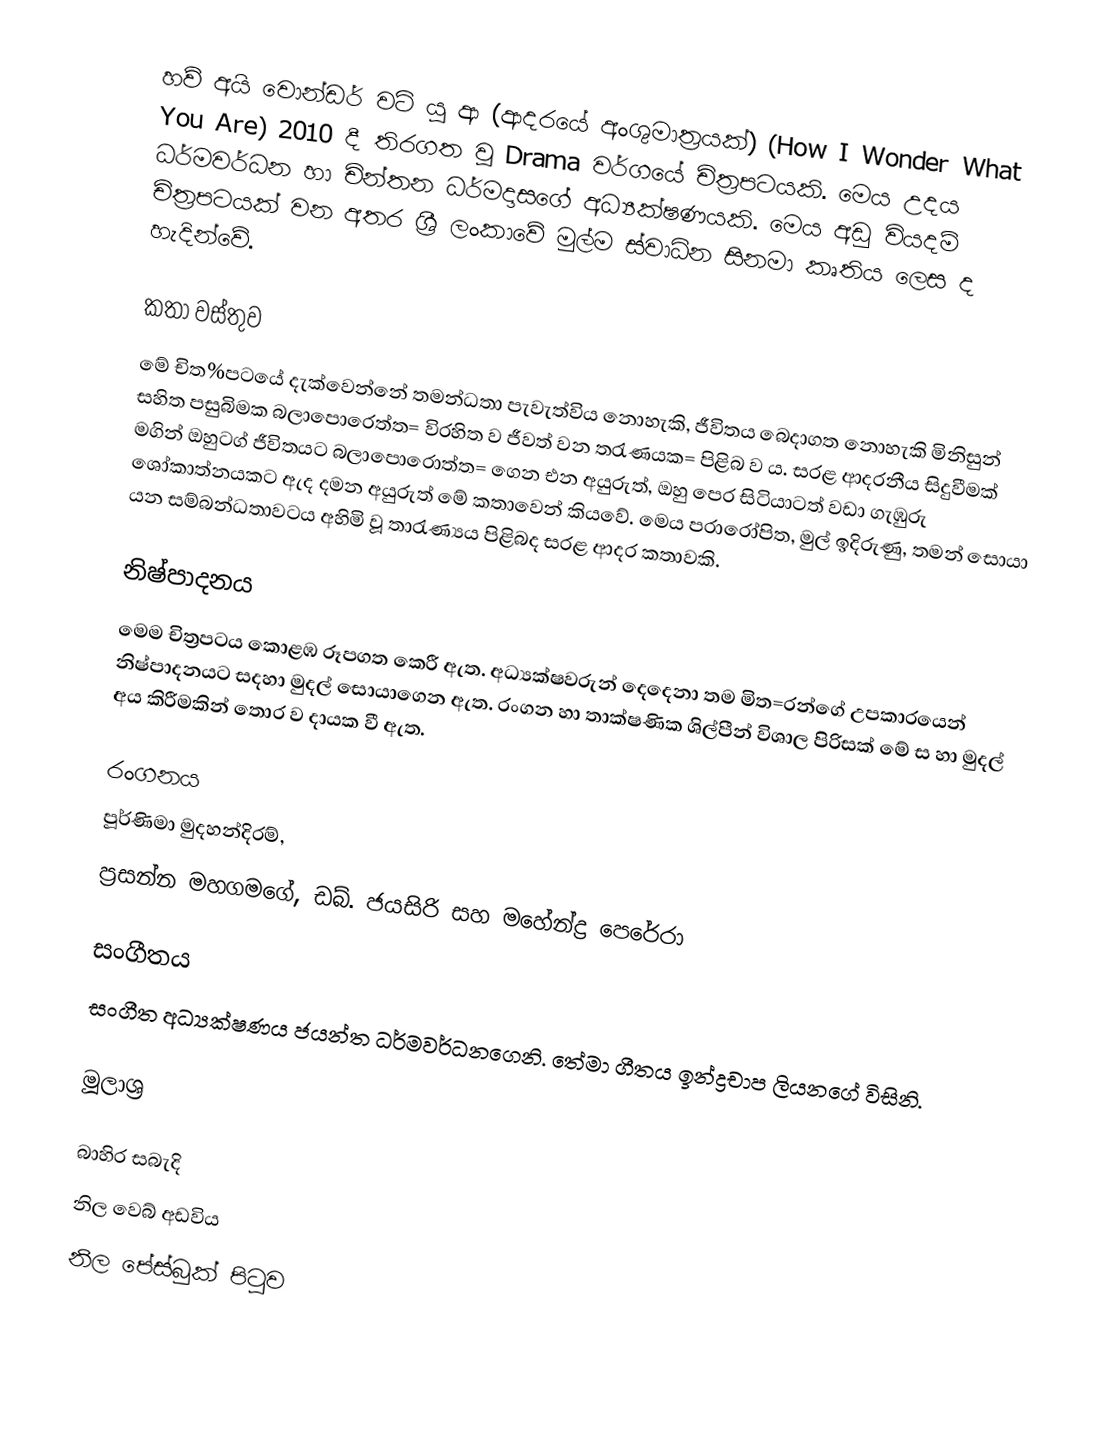
හව් අයි වොන්ඩර් වට් යූ ආ  (ආදරයේ අංශුමාත්‍රයක්) (How I Wonder What You Are) 2010 දී තිරගත වූ Drama වර්ගයේ චිත්‍රපටයකි. මෙය උදය ධර්මවර්ධන හා චින්තන ධර්මදාසගේ අධ්‍යක්ෂණයකි. මෙය අඩු වියදම් චිත්‍රපටයක් වන අතර ශ්‍රී ලංකාවේ මුල්ම ස්වාධින සිනමා කෘතිය ලෙස ද හැදින්වේ.

කතා වස්තුව
මේ චිත%පටයේ දැක්වෙන්නේ තමන්ධතා පැවැත්විය නොහැකි, ජීවිතය බෙදාගත නොහැකි මිනිසුන් සහිත පසුබිමක බලාපොරෙත්ත= විරහිත ව ජීවත් වන තරැණයක= පිළිබ ව ය.  සරළ ආදරනීය සිදුවීමක් මගින් ඔහුටග් ජීවිතයට බලාපොරොත්ත= ගෙන එන අයුරුත්, ඔහු පෙර සිටියාටත් වඩා ගැඹුරු ශෝකාත්නයකට ඇද දමන අයුරුත් මේ කතාවෙන් කියවේ.  මෙය පරාරෝපිත, මුල් ඉදිරුණු, තමන් සොයා යන සම්බන්ධතාවටය අහිමි වූ තාරැණ්‍යය පිළිබද සරළ ආදර කතාවකි.

නිෂ්පාදනය
මෙම චිත්‍රපටය කොළඹ රූපගත කෙරී ඇත.  අධ්‍යක්ෂවරුන් දෙදෙනා තම මිත=රන්ගේ උපකාරයෙන් නිෂ්පාදනයට සදහා මුදල් සොයාගෙන ඇත. රංගන හා තාක්ෂණික ශිල්පීන් විශාල පිරිසක් මේ ස හා මුදල් අය ‍කිරීමකින් තොර ව දායක වී ඇත.

රංගනය
පූර්ණිමා මුදහන්දිරම්,
ප්‍රසන්න මහගමගේ, ඩබ්. ජයසිරි සහ මහේන්ද්‍ර පෙරේරා

සංගීතය
සංගීත අධ්‍යක්ෂණය ජයන්ත ධර්මවර්ධනගෙනි. තේමා ගීතය ඉන්ද්‍රචාප ලියනගේ විසිනි.

මූලාශ්‍ර

බාහිර සබැදි
 නිල වෙබ් අඩවිය
 නිල ‍‍පේස්බුක් පිටුව